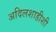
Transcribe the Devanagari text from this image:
अदिलशाहीशी